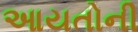
આયતોની